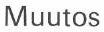
Muutos